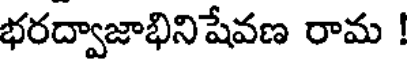
భరద్వాజాభినిషేవణ రామ !